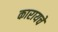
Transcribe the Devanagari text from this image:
कारायचे